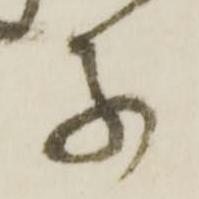
子